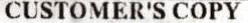
CUSTOMER'S COPY